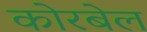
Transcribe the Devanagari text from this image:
कोरबेल